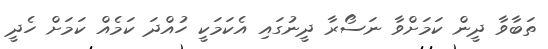
ތަބާވާ ދީން ކަމަށްވާ ނަސޯރާ ދީނުގައި އެކަމަކީ ހުއްދަ ކަމެއް ކަމަށް ހެދީ